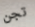
تجن